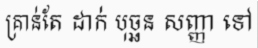
គ្រាន់តែ ដាក់ បុច្ឆន សញ្ញា ទៅ